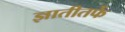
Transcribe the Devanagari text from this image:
ज्ञातीतर्फे